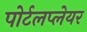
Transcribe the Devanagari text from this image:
पोर्टलप्लेयर